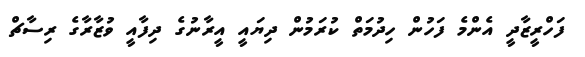
ފަހްރީޒާދީ އެންމެ ފަހުން ހިދުމަތް ކުރަމުން ދިޔައީ އީރާނުގެ ދިފާއީ ވުޒާރާގެ ރިސާޗް